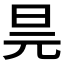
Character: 𭥖